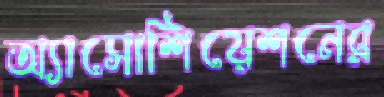
অ্যাসোশিয়েশনের